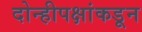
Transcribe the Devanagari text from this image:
दोन्हीपक्षांकडून